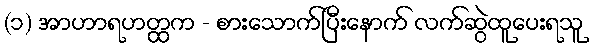
(၁) အာဟာရဟတ္ထက - စားသောက်ပြီးနောက် လက်ဆွဲထူပေးရသူ